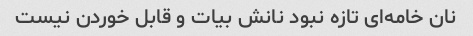
نان خامه‌ای تازه نبود نانش بیات و قابل خوردن نیست